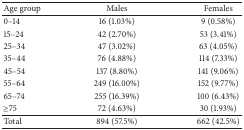
<table><thead><tr><td><b>Age group</b></td><td><b>Males</b></td><td><b>Females</b></td></tr></thead><tbody><tr><td>0–14</td><td>16 (1.03%)</td><td>9 (0.58%)</td></tr><tr><td>15–24</td><td>42 (2.70%)</td><td>53 (3.41%)</td></tr><tr><td>25–34</td><td>47 (3.02%)</td><td>63 (4.05%)</td></tr><tr><td>35–44</td><td>76 (4.88%)</td><td>114 (7.33%)</td></tr><tr><td>45–54</td><td>137 (8.80%)</td><td>141 (9.06%)</td></tr><tr><td>55–64</td><td>249 (16.00%)</td><td>152 (9.77%)</td></tr><tr><td>65–74</td><td>255 (16.39%)</td><td>100 (6.43%)</td></tr><tr><td>≥75</td><td>72 (4.63%)</td><td>30 (1.93%)</td></tr><tr><td>Total</td><td>894 (57.5%)</td><td>662 (42.5%)</td></tr></tbody></table>